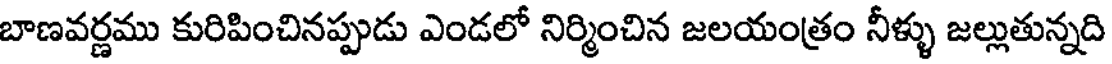
బాణవర్ణము కురిపించినప్పుడు ఎండలో నిర్మించిన జలయంత్రం నీళ్ళు జల్లుతున్నది